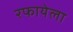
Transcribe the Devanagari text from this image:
रफायेला